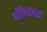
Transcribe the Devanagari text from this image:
बॉन्डपट